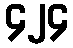
၄၂၄